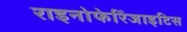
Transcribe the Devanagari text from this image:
राइनोफेरिंजाइटिस